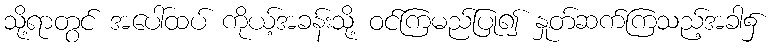
သို့ရာတွင် အပေါ်ထပ် ကိုယ့်အခန်းသို့ ဝင်ကြမည်ပြု၍ နှုတ်ဆက်ကြသည့်အခါ၌